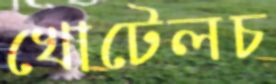
খোটেলচ